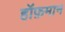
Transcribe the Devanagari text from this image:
हॉफ़मान